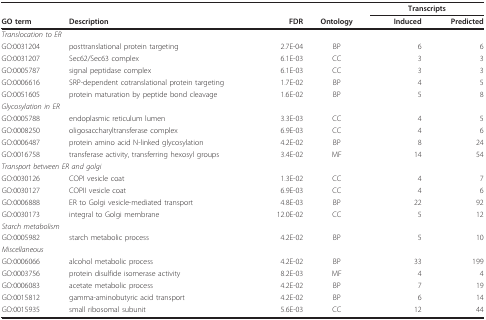
<table><thead><tr><td></td><td></td><td></td><td></td><td colspan="2"><b>Transcripts</b></td></tr><tr><td><b>GO term</b></td><td><b>Description</b></td><td><b>FDR</b></td><td><b>Ontology</b></td><td><b>Induced</b></td><td><b>Predicted</b></td></tr></thead><tbody><tr><td colspan="6"><i>Translocation to ER</i></td></tr><tr><td>GO:0031204</td><td>posttranslational protein targeting</td><td>2.7E-04</td><td>BP</td><td>6</td><td>6</td></tr><tr><td>GO:0031207</td><td>Sec62/Sec63 complex</td><td>6.1E-03</td><td>CC</td><td>3</td><td>3</td></tr><tr><td>GO:0005787</td><td>signal peptidase complex</td><td>6.1E-03</td><td>CC</td><td>3</td><td>3</td></tr><tr><td>GO:0006616</td><td>SRP-dependent cotranslational protein targeting</td><td>1.7E-02</td><td>BP</td><td>4</td><td>5</td></tr><tr><td>GO:0051605</td><td>protein maturation by peptide bond cleavage</td><td>1.6E-02</td><td>BP</td><td>5</td><td>8</td></tr><tr><td colspan="6"><i>Glycosylation in ER</i></td></tr><tr><td>GO:0005788</td><td>endoplasmic reticulum lumen</td><td>3.3E-03</td><td>CC</td><td>4</td><td>5</td></tr><tr><td>GO:0008250</td><td>oligosaccharyltransferase complex</td><td>6.9E-03</td><td>CC</td><td>4</td><td>6</td></tr><tr><td>GO:0006487</td><td>protein amino acid N-linked glycosylation</td><td>4.2E-02</td><td>BP</td><td>8</td><td>24</td></tr><tr><td>GO:0016758</td><td>transferase activity, transferring hexosyl groups</td><td>3.4E-02</td><td>MF</td><td>14</td><td>54</td></tr><tr><td colspan="6"><i>Transport between ER and golgi</i></td></tr><tr><td>GO:0030126</td><td>COPI vesicle coat</td><td>1.3E-02</td><td>CC</td><td>4</td><td>7</td></tr><tr><td>GO:0030127</td><td>COPII vesicle coat</td><td>6.9E-03</td><td>CC</td><td>4</td><td>6</td></tr><tr><td>GO:0006888</td><td>ER to Golgi vesicle-mediated transport</td><td>4.8E-03</td><td>BP</td><td>22</td><td>92</td></tr><tr><td>GO:0030173</td><td>integral to Golgi membrane</td><td>12.0E-02</td><td>CC</td><td>5</td><td>12</td></tr><tr><td colspan="6"><i>Starch metabolism</i></td></tr><tr><td>GO:0005982</td><td>starch metabolic process</td><td>4.2E-02</td><td>BP</td><td>5</td><td>10</td></tr><tr><td colspan="6"><i>Miscellaneous</i></td></tr><tr><td>GO:0006066</td><td>alcohol metabolic process</td><td>4.2E-02</td><td>BP</td><td>33</td><td>199</td></tr><tr><td>GO:0003756</td><td>protein disulfide isomerase activity</td><td>8.2E-03</td><td>MF</td><td>4</td><td>4</td></tr><tr><td>GO:0006083</td><td>acetate metabolic process</td><td>4.2E-02</td><td>BP</td><td>7</td><td>19</td></tr><tr><td>GO:0015812</td><td>gamma-aminobutyric acid transport</td><td>4.2E-02</td><td>BP</td><td>6</td><td>14</td></tr><tr><td>GO:0015935</td><td>small ribosomal subunit</td><td>5.6E-03</td><td>CC</td><td>12</td><td>44</td></tr></tbody></table>